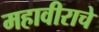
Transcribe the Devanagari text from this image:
महावीराचे